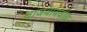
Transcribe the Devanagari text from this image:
वाजवायचीच